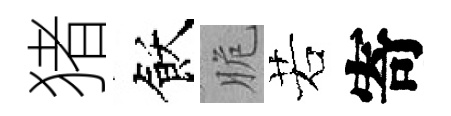
猪飫脆若寄